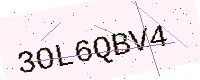
Text: 3OL6QBV4